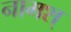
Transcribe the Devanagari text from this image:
नामश्